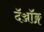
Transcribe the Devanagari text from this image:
दॅञ्जॉङ्ग